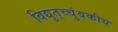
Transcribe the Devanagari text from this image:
विद्युत्‌च्चुंबकीय